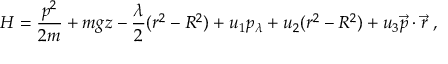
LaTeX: H = { \frac { p ^ { 2 } } { 2 m } } + m g z - { \frac { \lambda } { 2 } } ( r ^ { 2 } - R ^ { 2 } ) + u _ { 1 } p _ { \lambda } + u _ { 2 } ( r ^ { 2 } - R ^ { 2 } ) + u _ { 3 } { \vec { p } } \cdot { \vec { r } } ~ ,